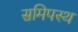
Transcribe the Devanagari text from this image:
समिपस्थ